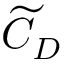
\widetilde { C } _ { D }